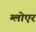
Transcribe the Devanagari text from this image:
ग्लोएर